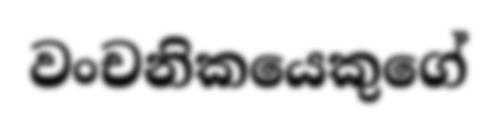
වංචනිකයෙකුගේ